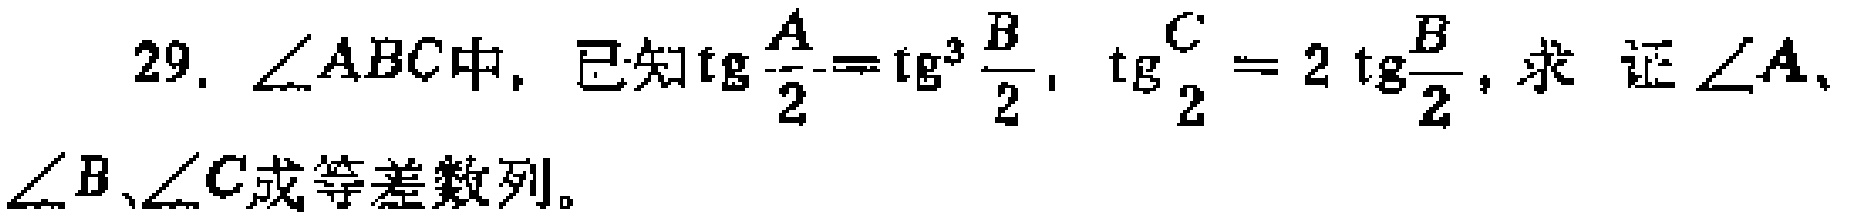
在\(\triangle ABC\)中，已知\(\tan\frac{A}{2}=\tan^{3}\frac{B}{2}\)，\(\tan\frac{C}{2}=2\tan\frac{B}{2}\)，求 证\(\angle A\)、\(\angle B\)、\(\angle C\)成等差数列。